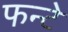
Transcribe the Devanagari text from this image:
फन्टे